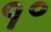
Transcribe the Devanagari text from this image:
१॰